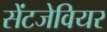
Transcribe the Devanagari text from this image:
सेंटजेवियर